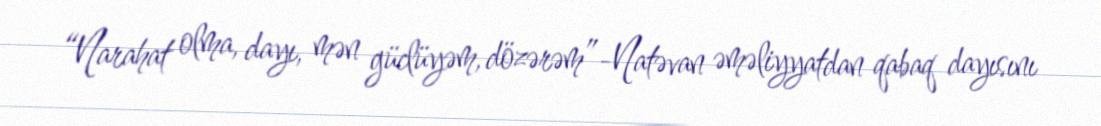
“Narahat olma, dayı, mən güclüyəm, dözərəm”-Natəvan əməliyyatdan qabaq dayısını